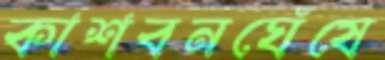
কাশবনঘেঁষে